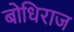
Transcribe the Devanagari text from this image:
बोधिराज